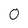
Character: 0